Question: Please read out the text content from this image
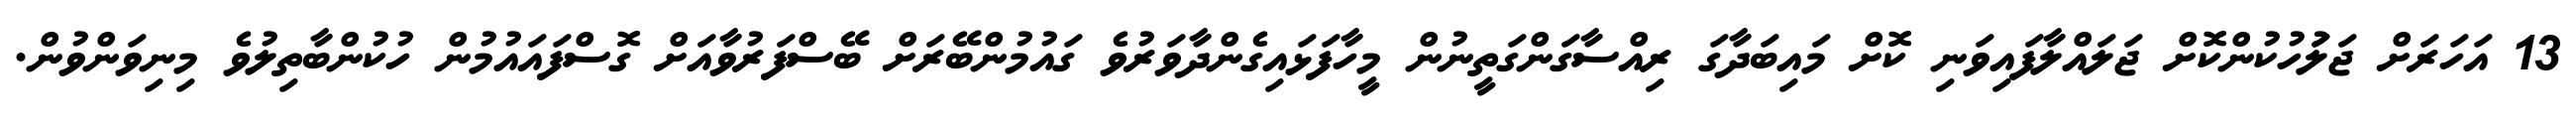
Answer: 13 އަހަރަށް ޖަލަުހުކުންކޮށް ޖަލައްލާފައިވަނި ކޮށް މައިބަދާގަ ރިއްސާގަންގަތީނުން މީހާފަޅައިގެންދާވަރުވެ ގައުމުންބޭރަށް ބޭސްފަރުވާއަށް ގޮސްފައައުމުން ހުކުންބާތިލުވެ މިނިވަންވުން.